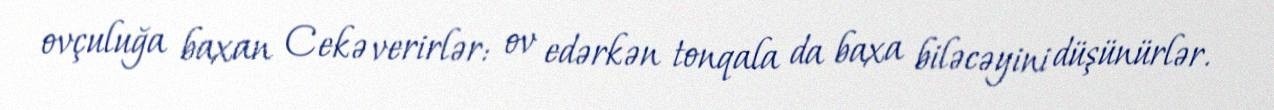
ovçuluğa baxan Cekə verirlər: ov edərkən tonqala da baxa biləcəyini düşünürlər.